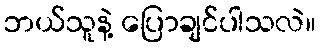
ဘယ်သူနဲ့ ပြောချင်ပါသလဲ။